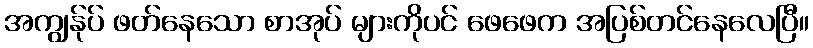
အကျွန်ုပ် ဖတ်နေသော စာအုပ် များကိုပင် ဖေဖေက အပြစ်တင်နေလေပြီ။